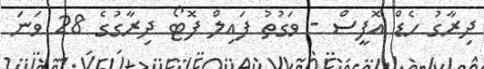
ދިރާގު ހެޑް އޮފީސް - ވަގުތު ފައިލް ފޮޓޯ ދިރާގުގެ 28 ވަނަ